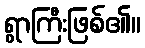
ရွာကြီးဖြစ်၏။